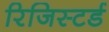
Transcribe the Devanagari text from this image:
रिजिस्टर्ड